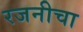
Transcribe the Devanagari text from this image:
रजनीचा